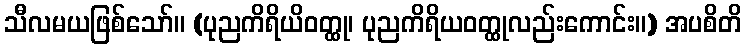
သီလမယဖြစ်သော်။ (ပုညကိရိယိဝတ္ထု၊ ပုညကိရိယဝတ္ထုလည်းကောင်း။) အပစိတိ